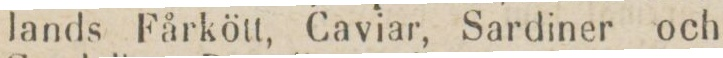
lands Fårkött, Caviar, Sardiner och